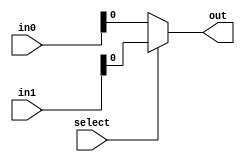
module mux_2(select, in0, in1, out);
	input select;
	input [31:0] in0, in1;
	output out = select ? in1 : in0;
endmodule